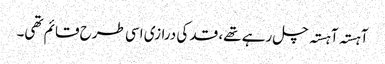
آہستہ آہستہ چل رہے تھے، قد کی درازی اسی طرح قائم تھی۔